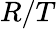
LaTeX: R/T